Report of the Indian Hemp Drugs Commission, 1894-1895 - Volume V
Year: 1894
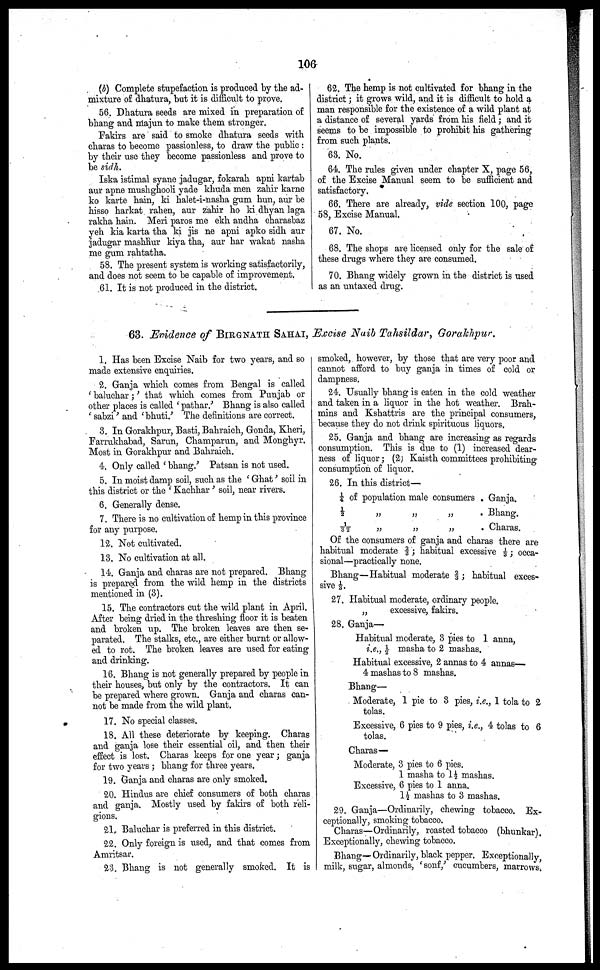
106
(b) Complete stupefaction is produced by the ad
mixture of dhatura, but it is difficult to prove.
56. Dhatura seeds are mixed in preparation of
bhang and majun to make them stronger.
Fakirs are said to smoke dhatura seeds with
charas to become passionless, to draw the public :
by their use they become passionless and prove to
be sidh.
Iska istimal syane jadugar, fokarah apni kartab
aur apne mushghooli yade khuda men zahir karne
ko karte hain, ki halet-i-nasha gum hun, aur be
hisso harkat rahen, aur zahir ho ki dhyan laga
rakha hain. Meri paros me ekh andha charasbaz
yeh kia karta tha ki jis ne apni apko sidh aur
jadugar mashhur kiya tha, aur har wakat nasha
me gum rahtatha.
58. The present system is working satisfactorily,
and does not seem to be capable of improvement.
61. It is not produced in the district.
62. The hemp is not cultivated for bhang in the
district; it grows wild, and it is difficult to hold a
man responsible for the existence of a wild plant at
a distance of several yards from his field; and it
seems to be impossible to prohibit his gathering
from such plants.
63. No.
64. The rules given under chapter X, page 56,
of the Excise Manual seem to be sufficient and
satisfactory.
66. There are already, vide section 100, page
58, Excise Manual.
67. No.
68. The shops are licensed only for the sale of
these drugs where they are consumed.
70. Bhang widely grown in the district is used
as an untaxed drug.
63. Evidence of BIRGNATH SAHAI, Excise Naib Tahsildar, Gorakhpur.
1. Has been Excise Naib for two years, and so
made extensive enquiries.
2. Ganja which comes from Bengal is called
' baluchar ;' that which comes from Punjab or
other places is called 'pathar.' Bhang is also called
' sabzi' and ' bhuti.' The definitions are correct.
3. In Gorakhpur, Basti, Bahraich, Gonda, Kheri,
Farrukhabad, Sarun, Champarun, and Monghyr.
Most in Gorakhpur and Bahraich.
4. Only called ' bhang.' Patsan is not used.
5. In moist damp soil, such as the ' Ghat' soil in
this district or the ' Kachhar ' soil, near rivers.
6. Generally dense.
7. There is no cultivation of hemp in this province
for any purpose.
12. Not cultivated.
13. No cultivation at all.
14. Ganja and charas are not prepared. Bhang
is prepared from the wild hemp in the districts
mentioned in (3).
15. The contractors cut the wild plant in April.
After being dried in the threshing floor it is beaten
and broken up. The broken leaves are then se
parated. The stalks, etc., are either burnt or allow
ed to rot. The broken leaves are used for eating
and drinking.
16. Bhang is not generally prepared by people in
their houses, but only by the contractors. It can
be prepared where grown. Ganja and charas can
not be made from the wild plant.
17. No special classes.
18. All these deteriorate by keeping. Charas
and ganja lose their essential oil, and then their
effect is lost. Charas keeps for one year; ganja
for two years ; bhang for three years.
19. Ganja and charas are only smoked.
20. Hindus are chief consumers of both charas
and ganja. Mostly used by fakirs of both reli
gions.
21. Baluchar is preferred in this district.
22. Only foreign is used, and that comes from
Amritsar.
23. Bhang is not generally smoked. It is
smoked, however, by those that are very poor and
cannot afford to buy ganja in times of cold or
dampness.
24. Usually bhang is eaten in the cold weather
and taken in a liquor in the hot weather. Brah
mins and Kshattris are the principal consumers,
because they do not drink spirituous liquors.
25. Ganja and bhang are increasing as regards
consumption. This is due to (1) increased dear-
ness of liquor; (2) Kaisth committees prohibiting
consumption of liquor.
26. In this district—
¼
½
3½
of population male consumers
„
„
„
„
„
„
.
.
.
Ganja.
Bhang.
Charas.
Of the consumers of ganja and charas there are
habitual moderate ⅔ ; habitual excessive ⅓; occa
sional—practically none.
Bhang—Habitual moderate ⅔ ; habitual exces
sive ⅓.
27. Habitual moderate, ordinary people.
„
excessive, fakirs.
28. Ganja—
Habitual moderate, 3 pies to 1 anna,
i.e., ½ masha to 2 mashas.
Habitual excessive, 2 annas to 4 annas—
4 mashas to 8 mashas.
Bhang—
Moderate, 1 pie to 3 pies, i.e., 1 tola to 2
tolas.
Excessive, 6 pies to 9 pies, i.e., 4 tolas to 6
tolas.
Charas—
Moderate, 3 pies to 6 pies.
1 masha to 1 ½ mashas.
Excessive, 6 pies to 1 anna.
1 ½ mashas to 3 mashas.
29. Ganja—Ordinarily, chewing tobacco. Ex
ceptionally, smoking tobacco.
Charas—Ordinarily, roasted tobacco (bhunkar).
Exceptionally, chewing tobacco.
Bhang—Ordinarily, black pepper. Exceptionally,
milk, sugar, almonds, 'sonf,' cucumbers, marrows.